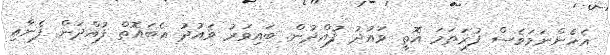
އެހެންނަމަވެސް ފުރަތަމަ އޮތީ ވައުދު ފުއްދުން. ބައިވަރު ވައުދު އެބައޮތް ފުއްދަން. ފެނާއި